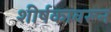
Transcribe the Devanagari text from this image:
शीर्षकावरून